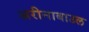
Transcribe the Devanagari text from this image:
अरीनाबाउल